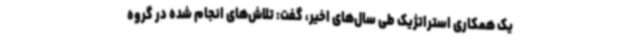
یک همکاری استراتژیک طی سال‌های اخیر، گفت: تلاش‌های انجام شده در گروه